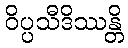
ဝိပ္ပသီဒိဿန္တိ